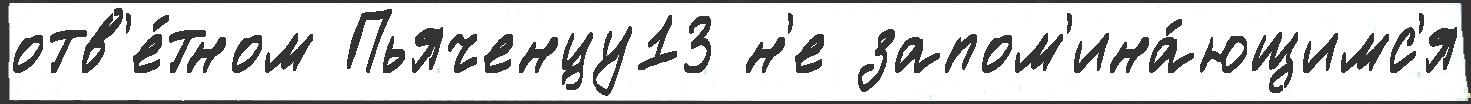
отв'е́тном Пьяченцу13 н'е запом'ина́ющимс'я